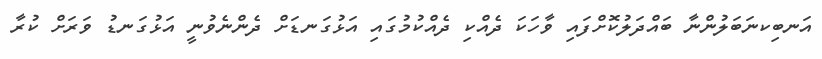
އަނބިކނަބަލުންނާ ބައްދަލުކޮށްފައި ވާހަކަ ދެއްކި ދެއްކުމުގައި އަޅުގަނޑަށް ދެންނެވުނީ އަޅުގަނޑު ވަރަށް ކުރާ